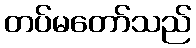
တပ်မတော်သည်